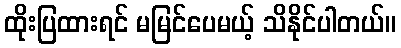
ထိုးပြထားရင် မမြင်ပေမယ့် သိနိုင်ပါတယ်။